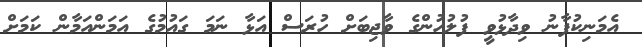
އެމަނިކުފާނު ވިދާޅުވީ ފުލުހުންގެ ވާޖިބަށް ހުރަސް އަޅާ ނަމަ ގައުމުގެ އަމަންއަމާން ކަމަށް